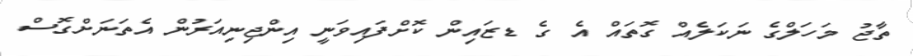
ތާޖު މަހަލްގެ ނަކަލެއް ގޮތައް އެ ގެ ޑޒައިން ކޮށްފައިވަނީ އިންޖިނިއަރުން އެތަނަށްގޮސް